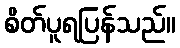
စိတ်ပူရပြန်သည်။